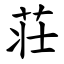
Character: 荘